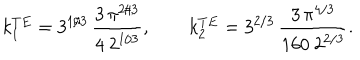
k _ { 1 } ^ { T E } = 3 ^ { 1 / 3 } \, \frac { 3 \, \pi ^ { 2 / 3 } } { 4 \ 2 ^ { 1 / 3 } } , \qquad k _ { 2 } ^ { T E } = { 3 } ^ { { 2 } / { 3 } } \, \frac { 3 \, { \pi } ^ { { 4 } / { 3 } } } { 1 6 0 \ 2 ^ { 2 / 3 } } .